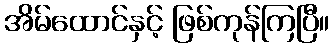
အိမ်ထောင်နှင့် ဖြစ်ကုန်ကြပြီ။